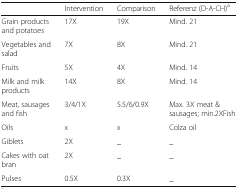
<table><thead><tr><td></td><td><b>Intervention</b></td><td><b>Comparison</b></td><td><b>Referenz (D-A-CH)<sup>a</sup></b></td></tr></thead><tbody><tr><td>Grain products and potatoes</td><td>17X</td><td>19X</td><td>Mind. 21</td></tr><tr><td>Vegetables and salad</td><td>7X</td><td>8X</td><td>Mind. 21</td></tr><tr><td>Fruits</td><td>5X</td><td>4X</td><td>Mind. 14</td></tr><tr><td>Milk and milk products</td><td>14X</td><td>8X</td><td>Mind. 14</td></tr><tr><td>Meat, sausages and fish</td><td>3/4/1X</td><td>5.5/6/0.9X</td><td>Max. 3X meat &amp; sausages; min.2XFish</td></tr><tr><td>Oils</td><td>x</td><td>x</td><td>Colza oil</td></tr><tr><td>Giblets</td><td>2X</td><td>_</td><td>_</td></tr><tr><td>Cakes with oat bran</td><td>2X</td><td>_</td><td>_</td></tr><tr><td>Pulses</td><td>0.5X</td><td>0.3X</td><td>_</td></tr></tbody></table>